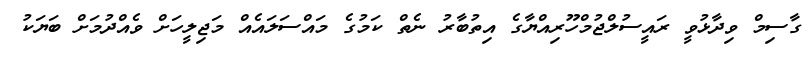
ގާސިމް ވިދާޅުވީ ރައީސުލްޖުމްހޫރިއްޔާގެ އިތުބާރު ނެތް ކަމުގެ މައްސަލައެއް މަޖިލީހަށް ވެއްދުމަށް ބަޔަކު